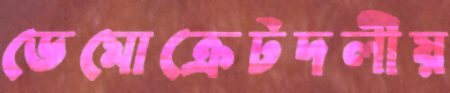
ডেমোক্রেটদলীয়